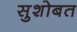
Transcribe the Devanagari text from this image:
सुशोबत